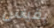
بقياس